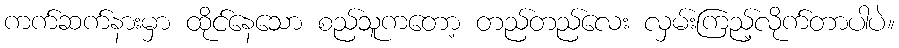
ကက်ဆက်နားမှာ ထိုင်နေသော စည်သူကတော့ တည်တည်လေး လှမ်းကြည့်လိုက်တာပါပဲ။